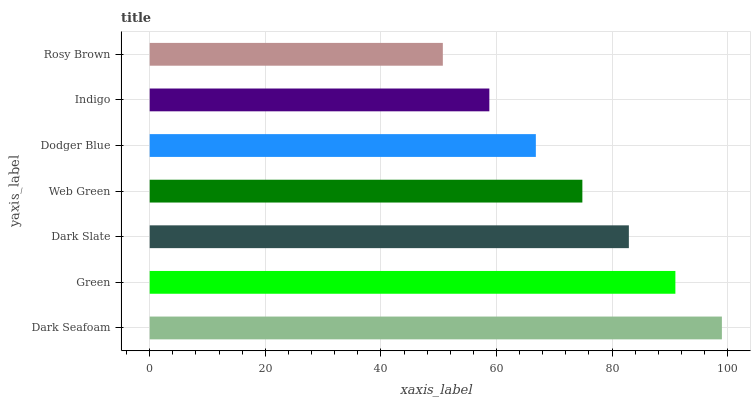
| yaxis_label | bars |
 | --- | --- |
 | Dark Seafoam | 99 |
 | Green | 91 |
 | Dark Slate | 82.9 |
 | Web Green | 74.9 |
 | Dodger Blue | 66.8 |
 | Indigo | 58.8 |
 | Rosy Brown | 50.7 |